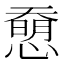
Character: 𢡰